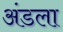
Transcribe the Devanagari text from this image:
अंडला